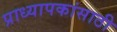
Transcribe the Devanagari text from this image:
प्राध्यापकांसाठी